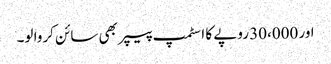
اور 30،000 روپے کا اسٹمپ پیپر بھی سائن کروا لو۔